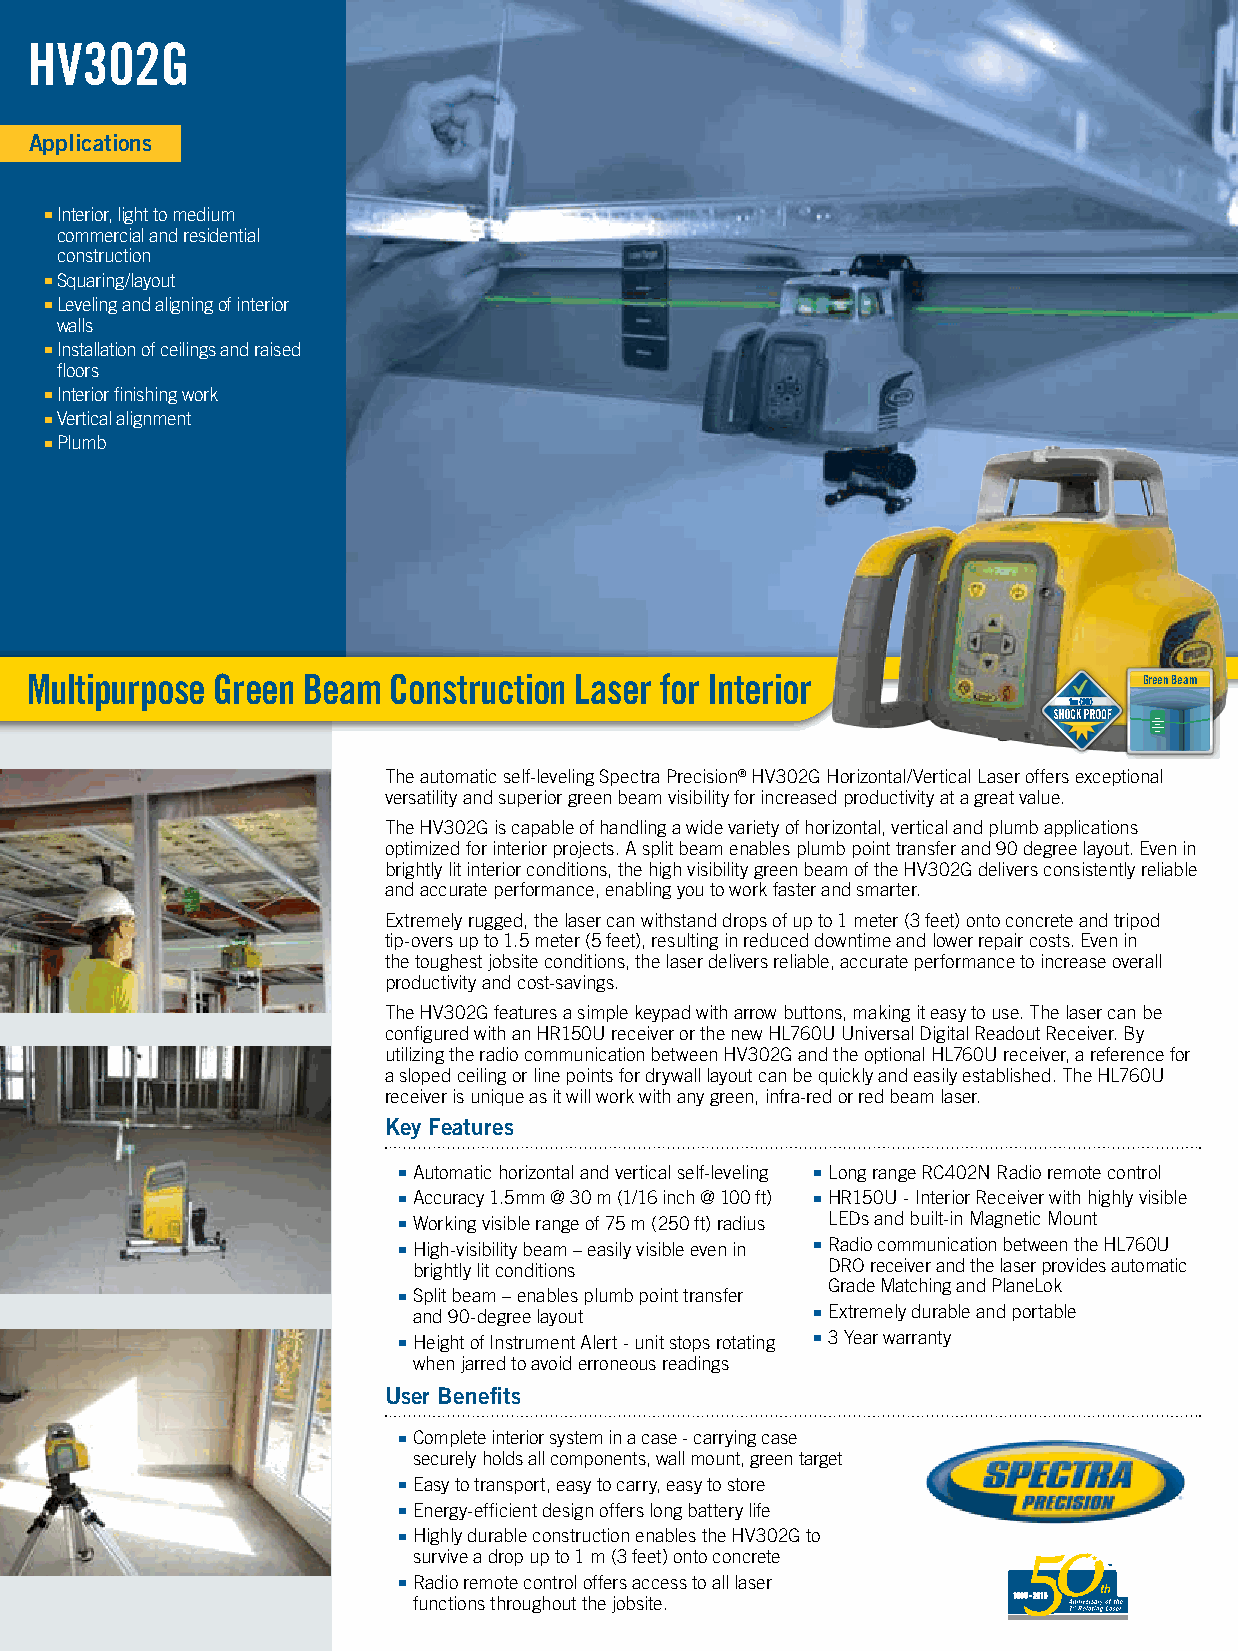
HV302G
 Applications
 ■■Interior, light to medium
 commercial and residential
 construction
 ■■Squaring/layout
 ■■Leveling and aligning of interior
 walls
 ■■Installation of ceilings and raised
 floors
 ■■Interior finishing work
 ■■Vertical alignment
 ■■Plumb
 Multipurpose Green Beam Construction Laser for Interior                   Green Beam
 The automatic self-leveling Spectra Precision® HV302G Horizontal/Vertical Laser offers exceptional
 versatility and superior green beam visibility for increased productivity at a great value.
 The HV302G is capable of handling a wide variety of horizontal, vertical and plumb applications
 optimized for interior projects. A split beam enables plumb point transfer and 90 degree layout. Even in
 brightly lit interior conditions, the high visibility green beam of the HV302G delivers consistently reliable
 and accurate performance, enabling you to work faster and smarter.
 Extremely rugged, the laser can withstand drops of up to 1 meter (3 feet) onto concrete and tripod
 tip-overs up to 1.5 meter (5 feet), resulting in reduced downtime and lower repair costs. Even in
 the toughest jobsite conditions, the laser delivers reliable, accurate performance to increase overall
 productivity and cost-savings.
 The HV302G features a simple keypad with arrow buttons, making it easy to use. The laser can be
 configured with an HR150U receiver or the new HL760U Universal Digital Readout Receiver. By
 utilizing the radio communication between HV302G and the optional HL760U receiver, a reference for
 a sloped ceiling or line points for drywall layout can be quickly and easily established. The HL760U
 receiver is unique as it will work with any green, infra-red or red beam laser.
 Key Features
 ■■Automatic horizontal and vertical self-leveling ■■Long range RC402N Radio remote control
 ■■Accuracy 1.5mm @ 30 m (1/16 inch @ 100 ft) ■■HR150U - Interior Receiver with highly visible
 ■■Working visible range of 75 m (250 ft) radius LEDs and built-in Magnetic Mount
 ■■High-visibility beam – easily visible even in ■■Radio communication between the HL760U
 brightly lit conditions     DRO receiver and the laser provides automatic
 Grade Matching and PlaneLok
 ■■Split beam – enables plumb point transfer
 and 90-degree layout       ■■Extremely durable and portable
 ■■Height of Instrument Alert - unit stops rotating ■■3 Year warranty
 when jarred to avoid erroneous readings
 User Benefits
 ■■Complete interior system in a case - carrying case
 securely holds all components, wall mount, green target
 ■■Easy to transport, easy to carry, easy to store
 ■■Energy-efficient design offers long battery life
 ■■Highly durable construction enables the HV302G to
 survive a drop up to 1 m (3 feet) onto concrete
 ■■Radio remote control offers access to all laser
 functions throughout the jobsite.